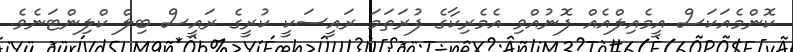
ކޮންމެއަކަސް އީމެއިލްއެއް ފޮނުއްވި އެމެރިކާގެ ފުރަތަމަ ރައީސަކީ ކުރީގެ ރައީސް ބިލް ކްލިންޓަނެވެ.